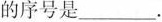
的序号是___.